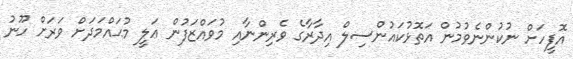
އޮފީހަށް ނުކުންނެވުމުން އަތޮޅުކައުންސިލް އިދާރާގެ ވެރިންނާއި މުވައްޒަފުން ޢަލީ މުޙައްމަދަށް ވަރަށް ހޫނު